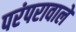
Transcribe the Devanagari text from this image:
परंपरावाले